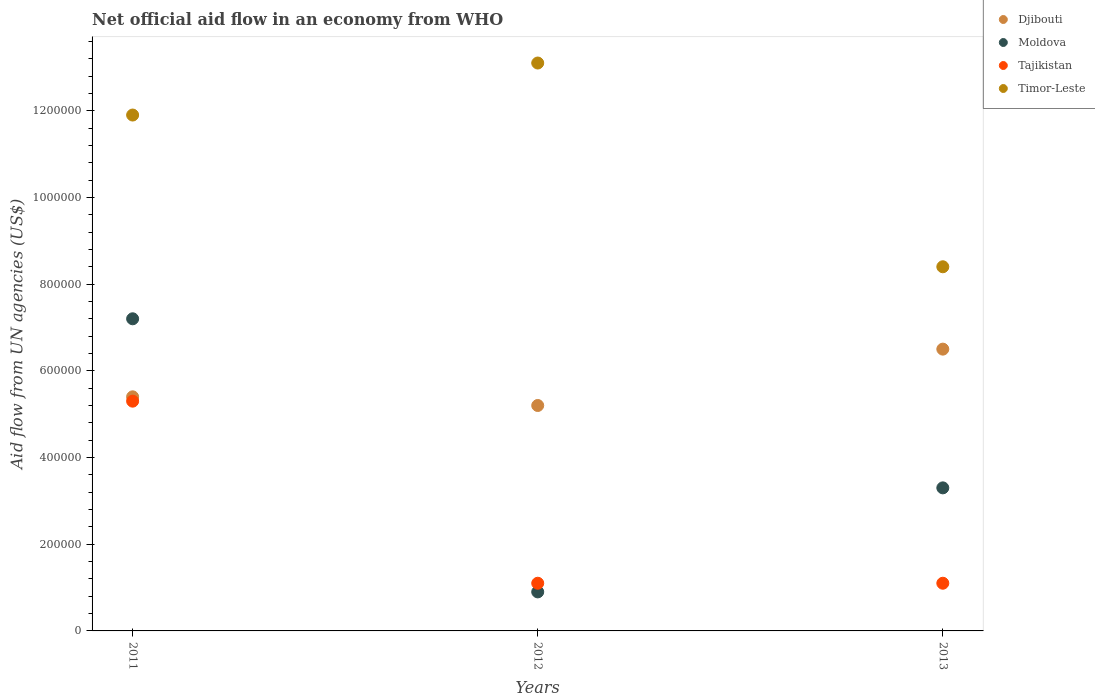
| Years | Djibouti | Moldova | Tajikistan | Timor-Leste |
 | --- | --- | --- | --- | --- |
 | 2011 | 5.4e+05 | 7.2e+05 | 5.3e+05 | 1.19e+06 |
 | 2012 | 5.2e+05 | 9e+04 | 1.1e+05 | 1.31e+06 |
 | 2013 | 6.5e+05 | 3.3e+05 | 1.1e+05 | 8.4e+05 |